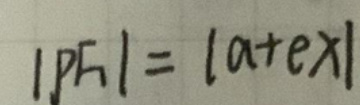
$| P F | = | a + e x |$